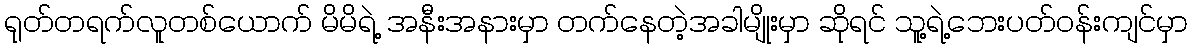
ရုတ်တရက်လူတစ်ယောက် မိမိရဲ့ အနီးအနားမှာ တက်နေတဲ့အခါမျိုးမှာ ဆိုရင် သူ့ရဲ့ဘေးပတ်ဝန်းကျင်မှာ